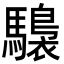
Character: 𩦫